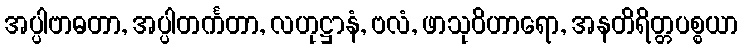
အပ္ပါဗာဓတာ, အပ္ပါတင်္ကတာ, လဟုဋ္ဌာနံ, ဗလံ, ဖာသုဝိဟာရော, အနတိရိတ္တပစ္စယာ